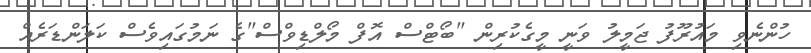
ހުންނެވި މައުރޫފު ޖަމީލު ވަނީ މީގެކުރިން "ބޯޓްސް އޮފް މޯލްޑިވްސް"ގެ ނަމުގައިވެސް ކަލަންޑަރެއް